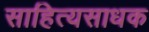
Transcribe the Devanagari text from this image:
साहित्यसाधक